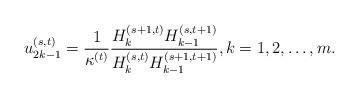
LaTeX: \begin{align*}&u_{2k-1}^{(s,t)}=\frac{1}{\kappa^{(t)}}\frac{H_k^{(s+1,t)}H_{k-1}^{(s,t+1)}}{H_k^{(s,t)}H_{k-1}^{(s+1,t+1)}},k=1,2,\dots,m.\end{align*}